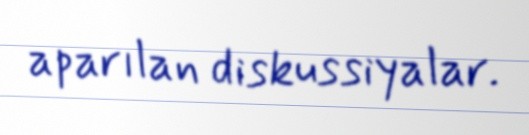
aparılan diskussiyalar.